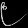
Digit: ၉